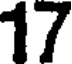
17